Lunatic asylums Central Provinces reports 1874-1885 - 1874-1885
Year: 1874
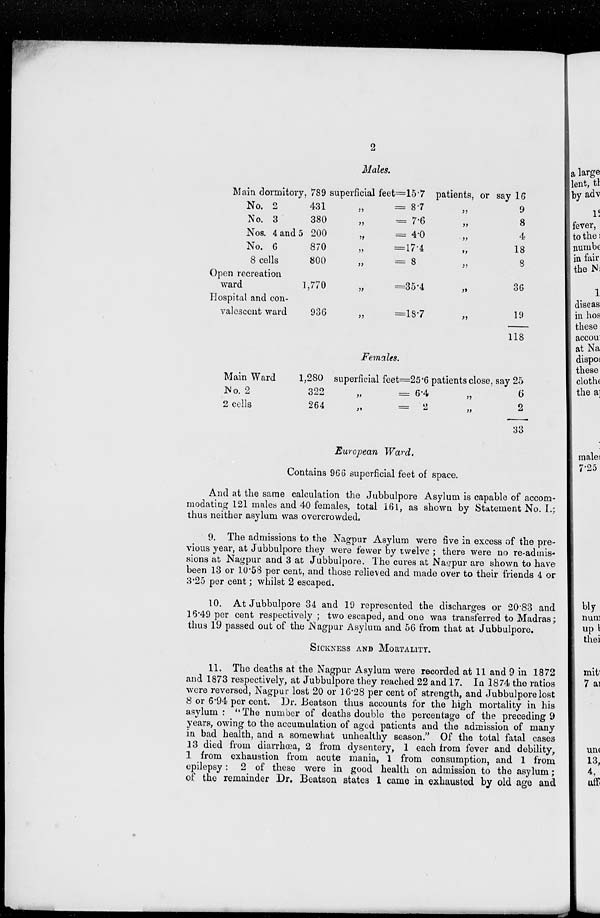
2
Males.
Main dormitory,
No. 2
No. 3
Nos. 4 and 5
No. 6
8 cells
Open recreation
ward
Hospital and con-
valescent ward
789
431
380
200
870
800
1,770
936
superficial
„
„
„
„
„
„
„
feet=15.7
= 8.7
= 7.6
= 4.0
=17.4
= 8
=35.4
=18.7
patients, or say 16
9
8
4
18
8
36
19
118
Females.
Main Ward
No. 2
2 cells
1,280
322
264
superficial
„
„
feet=25.6
= 6.4
=
2
patients close, say 25
„ 6
„ 2
33
European Ward.
Contains 966 superficial feet of space.
And at the same calculation the Jubbulpore Asylum is capable of accom-
modating 121 males and 40 females, total 161, as shown by Statement No. I.;
thus neither asylum was overcrowded.
9. The admissions to the Nagpur Asylum were five in excess of the pre-
vious year, at Jubbulpore they were fewer by twelve ; there were no re-admis-
sions at Nagpur and 3 at Jubbulpore. The cures at Nagpur are shown to have
been 13 or 10.58 per cent, and those relieved and made over to their friends 4 or
3.25 per cent; whilst 2 escaped.
10. At Jubbulpore 34 and 19 represented the discharges or 20.83 and
16.49 per cent respectively ; two escaped, and one was transferred to Madras;
thus 19 passed out of the Nagpur Asylum and 56 from that at Jubbulpore.
SICKNESS AND MORTALITY.
11. The deaths at the Nagpur Asylum were recorded at 11 and 9 in 1872
and 1873 respectively, at Jubbulpore they reached 22 and 17. In 1874 the ratios
were reversed, Nagpur lost 20 or 16.28 per cent of strength, and Jubbulpore lost
8 or 6.94 per cent. Dr. Beatson thus accounts for the high mortality in his
asylum : "The number of deaths double the percentage of the preceding 9
years, owing to the accumulation of aged patients and the admission of many
in bad health, and a somewhat unhealthy season." Of the total fatal cases
13 died from diarrhœa, 2 from dysentery, 1 each from fever and debility,
1 from exhaustion from acute mania, 1 from consumption, and 1 from
epilepsy: 2 of these were in good health on admission to the asylum;
of the remainder Dr. Beatson states 1 came in exhausted by old age and